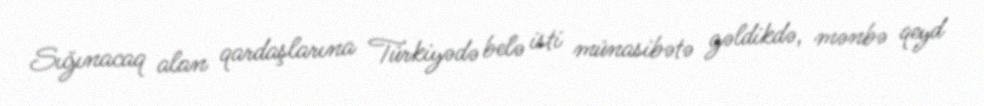
Sığınacaq alan qardaşlarına Türkiyədə belə isti münasibətə gəldikdə, mənbə qeyd